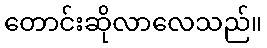
တောင်းဆိုလာလေသည်။